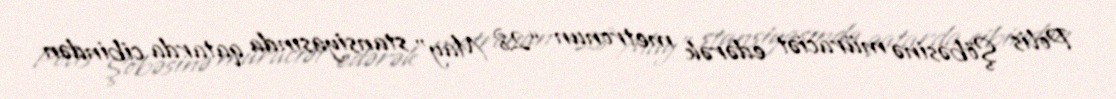
Polis Şöbəsinə müraciət edərək metronun “28 May” stansiyasında qatarda cibindən